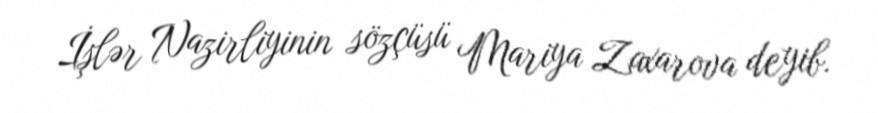
İşlər Nazirliyinin sözçüsü Mariya Zaxarova deyib.